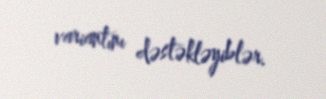
variantını dəstəkləyiblər.